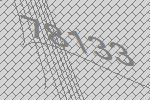
78133